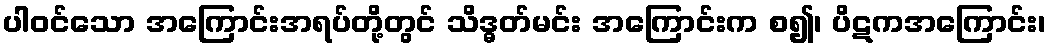
ပါဝင်သော အကြောင်းအရပ်တို့တွင် သိဒ္ဓတ်မင်း အကြောင်းက စ၍၊ ပိဋကအကြောင်း၊